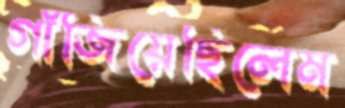
গাঁজিয়েছিলেম